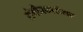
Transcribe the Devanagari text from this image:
संगीतकारांसह